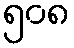
၅၀၈